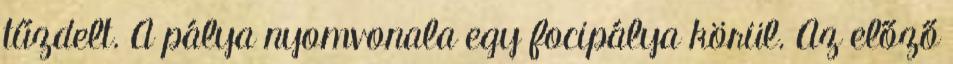
tűzdelt. A pálya nyomvonala egy focipálya körül. Az előző